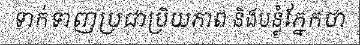
ទាក់ទាញប្រជាប្រិយភាព និងបន្លំភ្នែកថា